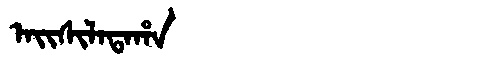
Manchu: ᠠᡳᠰᡳᠯᠠᡨᠠᡥᠠ
Romanization: AISILATAHA